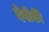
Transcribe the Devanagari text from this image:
देवीकी